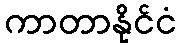
ကာတာနိုင်ငံ